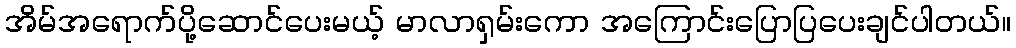
အိမ်အရောက်ပို့ဆောင်ပေးမယ့် မာလာရှမ်းကော အကြောင်းပြောပြပေးချင်ပါတယ်။